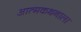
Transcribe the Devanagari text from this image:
आत्मकथनाला